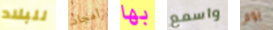
للبلاد أمجاد بها واسمع يوم